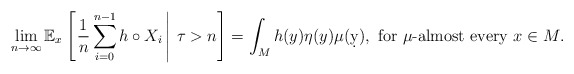
\begin{align*} \lim_{n\to\infty} \mathbb E_x\left[\left. \frac{1}{n}\sum_{i=0}^{n-1} h \circ X_i\, \right|\, \tau >n\right] = \int_M h(y) \eta(y) \mu(\d y), \mbox{ for $\mu$-almost every $x\in M$}. \end{align*}